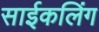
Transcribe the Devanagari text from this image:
साईकलिंग